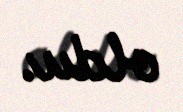
oldu.